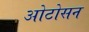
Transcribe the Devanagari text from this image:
ओटोसन